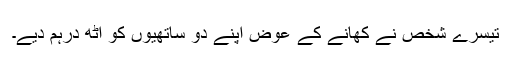
تیسرے شخص نے کھانے کے عوض اپنے دو ساتھیوں کو آٹھ درہم دیے۔